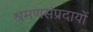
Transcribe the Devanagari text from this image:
श्रमणसंप्रदायों